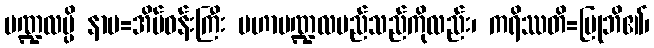
မဏ္ဍလမ္ပိ နာမ=အိမ်ဝန်းကြီး မဟာမဏ္ဍလမည်သည်ကိုလည်း၊ ကရိဿတိ=ပြုဘိ၏၊